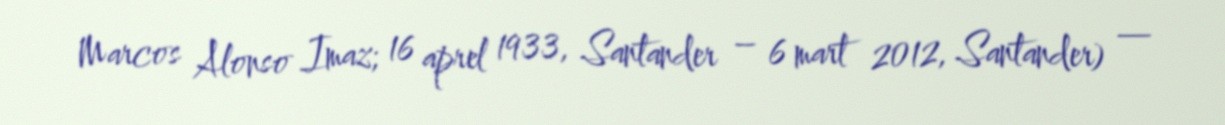
Marcos Alonso Imaz; 16 aprel 1933, Santander – 6 mart 2012, Santander) —